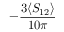
- \frac { 3 \langle S _ { 1 2 } \rangle } { 1 0 \pi }